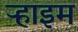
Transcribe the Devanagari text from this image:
ऱ्हाइम